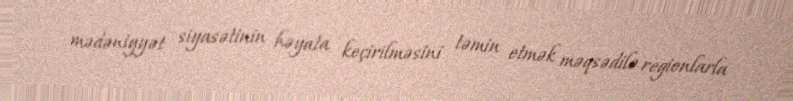
mədəniyyət siyasətinin həyata keçirilməsini təmin etmək məqsədilə regionlarla